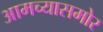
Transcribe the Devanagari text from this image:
आमच्यासमोर